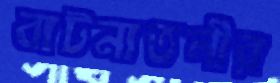
বাটনাতলীর